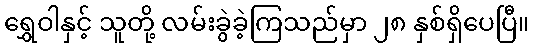
ရွှေဝါနှင့် သူတို့ လမ်းခွဲခဲ့ကြသည်မှာ ၂၈ နှစ်ရှိပေပြီ။